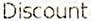
DISCOUNT